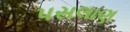
પસલાણ